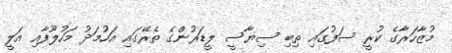
މުޒާހަރާގެ ކުރީ ސަފުގައި ތިބި ސިޔާސީ ލީޑަރުންގެ ތެރޭގައި އަހުމަދު މަހުލޫފާއި އަލީ